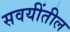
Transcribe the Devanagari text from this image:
सवयींतील